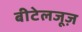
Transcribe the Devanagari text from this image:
बीटेलजूज़